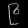
Digit: ၉